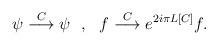
LaTeX: \begin{align*}\psi\stackrel{C}{\longrightarrow}\psi\ \ ,\ \ f\stackrel{C}{\longrightarrow} e^{2i\pi L[C]}f.\end{align*}